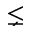
\lneq